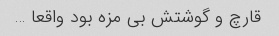
قارچ و گوشتش بی مزه بود واقعا …